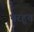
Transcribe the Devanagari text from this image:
भरहूत